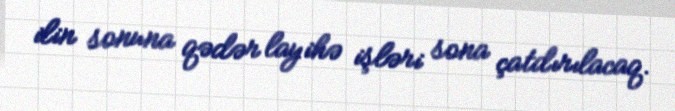
ilin sonuna qədər layihə işləri sona çatdırılacaq.